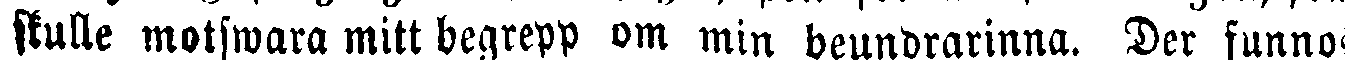
skulle motswara mitt begrepp om min beundrarinna. Der funnos